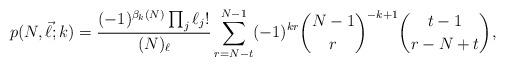
LaTeX: \begin{align*}p(N,\vec\ell;k)=\frac{(-1)^{\beta_k(N)}\prod_j\ell_j!}{(N)_{\ell}}\sum_{r=N-t}^{N-1}(-1)^{kr} \binom{N-1}{r}^{-k+1}\binom{t-1}{r-N+t},\end{align*}